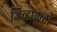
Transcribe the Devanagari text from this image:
जिव्हाकृती